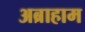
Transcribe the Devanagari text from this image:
अब्राहाम